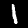
Digit: 1